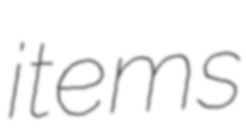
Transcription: items